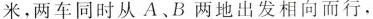
米，两车同时从A、B两地出发相向而行，